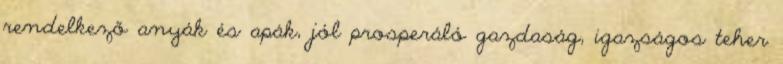
rendelkező anyák és apák, jól prosperáló gazdaság, igazságos teher